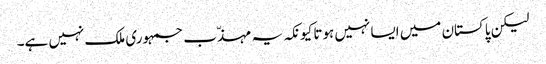
لیکن پاکستان میں ایسا نہیں ہوتا کیونکہ یہ مہذّب جمہوری ملک نہیں ہے۔